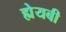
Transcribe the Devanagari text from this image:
ह्येयबी